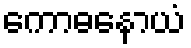
ကောဓနောယံ